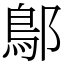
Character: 鄥